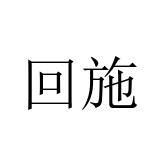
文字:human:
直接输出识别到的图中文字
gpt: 回施